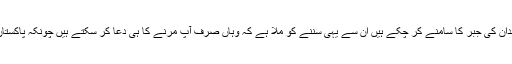
میں ان لوگوں میں شمار ہوں، جس نے زندان نہیں دیکھا ہے البتہ میرے بہت سے دوست زندان کی جبر کا سامنے کر چُکے ہیں ان سے یہی سُننے کو ملا ہے کہ وہاں صرف آپ مرنے کا ہی دعا کر سکتے ہیں چونکہ پاکستان ایک غیر فطری ریاست ہے، جس کیلئے انسان اور انسانیت کوئی معنی نہیں رکھتے ہیں ۔